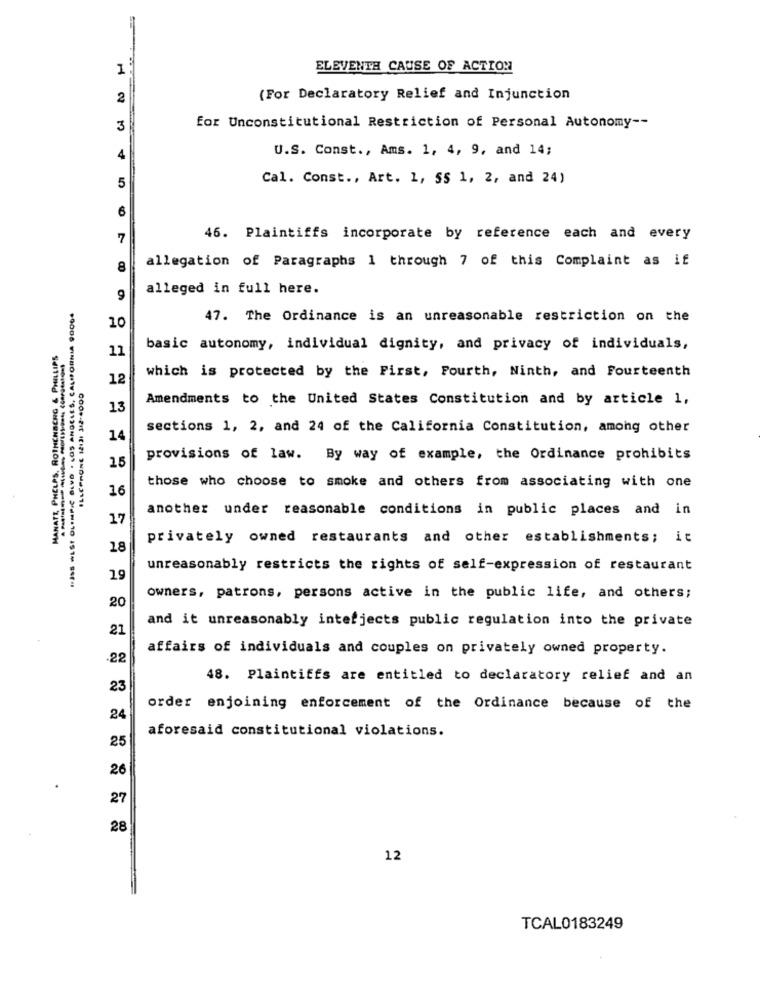
1
ELEVENTH CAUSE OF ACTION
2
(For Declaratory Relief and Injunction
for Unconstitutional Restriction of Personal Autonomy --
3
U.S. Const ., Ams. 1, 4, 9, and 14;
4
Cal. Const ., Art. 1, SS 1, 2, and 24)
5
6
7
46. Plaintiffs incorporate by reference each and every
allegation of Paragraphs 1 through 7 of this Complaint as if
8
alleged in full here.
9
IJSS WEST OLYMPIC BLVD .LOS ANGELES, CALIFORNIA 90004
47. The Ordinance is an unreasonable restriction on the
10
MANATT, PHELPS. ROTHCHBERG & PHILLIPS
11
basic autonomy, individual dignity, and privacy of individuals,
which is protected by the First, Fourth, Ninth, and Fourteenth
12
ILLCPPONE 12121 312-4000
Amendments to the United States Constitution and by article 1,
13
sections 1, 2, and 24 of the California Constitution, among other
14
provisions of law. By way of example, the Ordinance prohibits
15
those who choose to smoke and others from associating with one
16
another under reasonable conditions in public places and in
17
----------
privately owned restaurants and other establishments; it
18
unreasonably restricts the rights of self-expression of restaurant
19
20
owners, patrons, persons active in the public life, and others;
and it unreasonably interjects public regulation into the private
21
affairs of individuals and couples on privately owned property.
.22
48. Plaintiffs are entitled to declaratory relief and an
23
order enjoining enforcement of the Ordinance because of the
24
aforesaid constitutional violations.
25
26
27
28
12
TCAL0183249